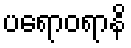
ပရောဝရာနိ